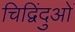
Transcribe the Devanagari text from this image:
चिद्विंदुओं